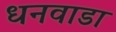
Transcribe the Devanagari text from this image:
धनवाडा